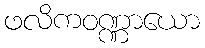
ဖလိကဝဏ္ဏာယော